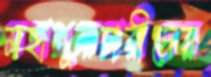
মহাশূন্যচারীদের